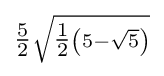
\scriptstyle {\tfrac {5}{2}}{\sqrt {{\tfrac {1}{2}}\left(5-{\sqrt {5}}\right)}}